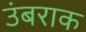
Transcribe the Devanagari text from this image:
उंबराक